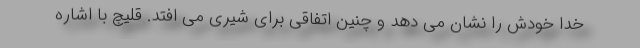
خدا خودش را نشان می دهد و چنین اتفاقی برای شیری می افتد. قلیچ با اشاره